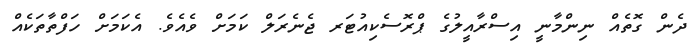
ދެން ގޮތެއް ނިންމާނީ އިސްރާއީލުގެ ޕްރޮސެކިއުޓަރ ޖެނެރަލް ކަމަށް ވެއެވެ. އެކަމަށް ހަފްތާތަކެއް